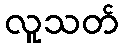
လူသတ်